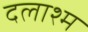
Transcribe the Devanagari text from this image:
दलाश्म